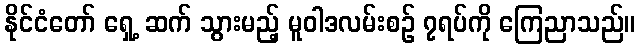
နိုင်ငံတော် ရှေ့ ဆက် သွားမည့် မူဝါဒလမ်းစဉ် ၇ရပ်ကို ကြေညာသည်။